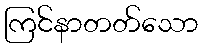
ကြင်နာတတ်သော